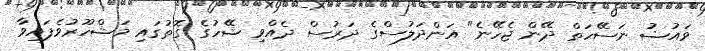
ވައުޟު ނަސޭހަތް ދޭން ޖެހޭނެ" އަންދަލުސްގެ ދަރުސް ދެއްވި ޝޭހުގެ ގޮތުގައި މަޝްހޫރުވެފައިވާ